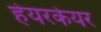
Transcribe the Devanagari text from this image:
हेयरकेयर